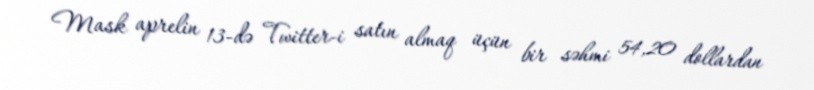
Mask aprelin 13-də Twitter-i satın almaq üçün bir səhmi 54,20 dollardan